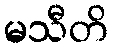
မသီတိ